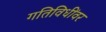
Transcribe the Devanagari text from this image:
गतिविधींवर